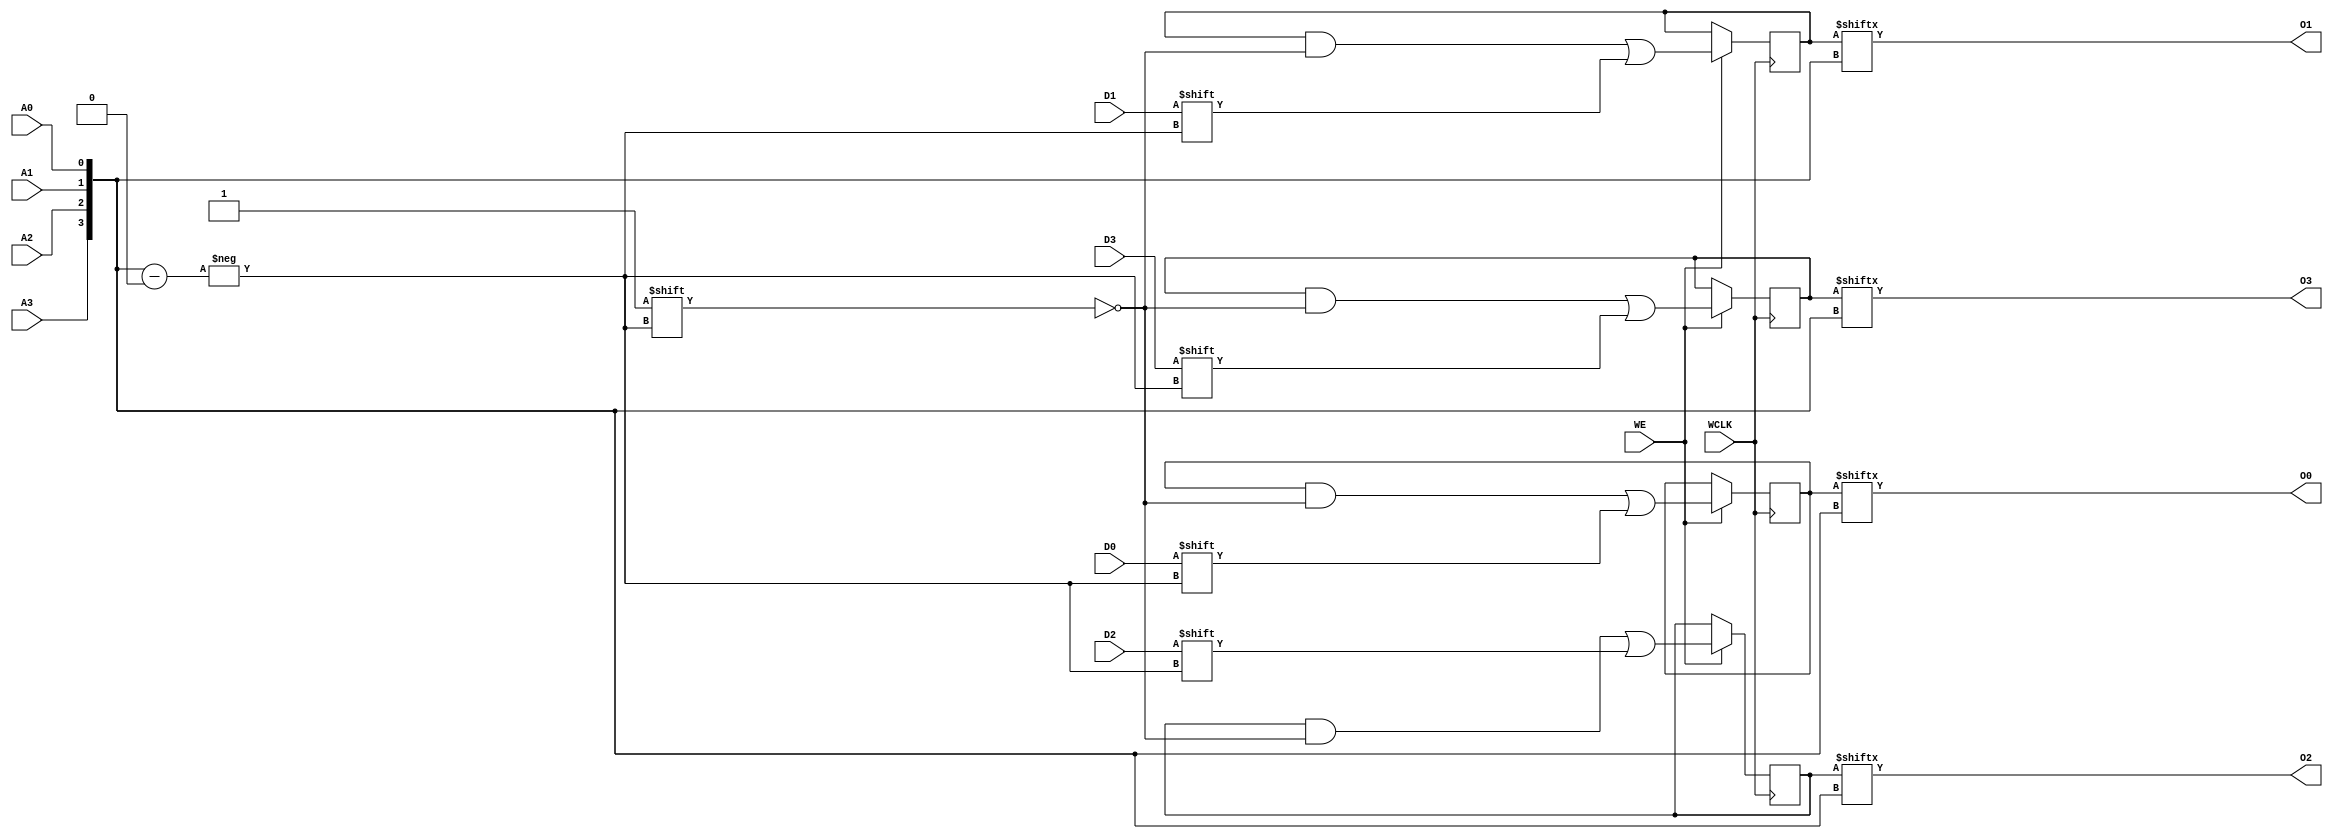
module RAM16X4S (
  output O0, O1, O2, O3,
  input A0, A1, A2, A3,
  input D0, D1, D2, D3,
  (* clkbuf_sink *)
  (* invertible_pin = "IS_WCLK_INVERTED" *)
  input WCLK,
  input WE
);
  parameter [15:0] INIT_00 = 16'h0000;
  parameter [15:0] INIT_01 = 16'h0000;
  parameter [15:0] INIT_02 = 16'h0000;
  parameter [15:0] INIT_03 = 16'h0000;
  parameter [0:0] IS_WCLK_INVERTED = 1'b0;
  wire [3:0] a = {A3, A2, A1, A0};
  wire clk = WCLK ^ IS_WCLK_INVERTED;
  reg [15:0] mem0 = INIT_00;
  reg [15:0] mem1 = INIT_01;
  reg [15:0] mem2 = INIT_02;
  reg [15:0] mem3 = INIT_03;
  assign O0 = mem0[a];
  assign O1 = mem1[a];
  assign O2 = mem2[a];
  assign O3 = mem3[a];
  always @(posedge clk)
    if (WE) begin
      mem0[a] <= D0;
      mem1[a] <= D1;
      mem2[a] <= D2;
      mem3[a] <= D3;
    end
endmodule